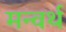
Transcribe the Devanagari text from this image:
मन्वर्थ